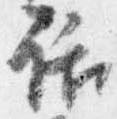
話